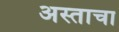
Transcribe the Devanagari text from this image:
अस्ताचा